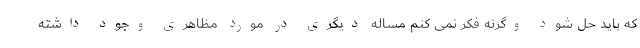
که باید حل شود وگرنه فکر نمی کنم مساله دیگری در مورد مظاهری وجود داشته